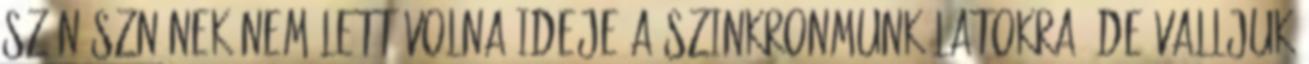
színésznőnek nem lett volna ideje a szinkronmunkálatokra, de valljuk